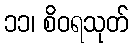
၁၁၊ စိဝရသုတ်